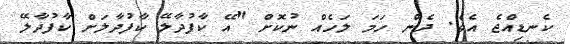
ކެނޑިއްޖެ އެވެ. ދެން ހަމަ ލަހެއް ނުކޮށް "އޭ ކާފުދާލޭ ކާފުދާލަށް ކާފުދާލޭ